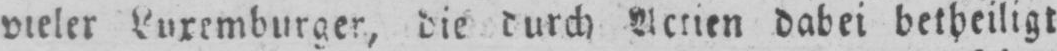
dabei betheiligt